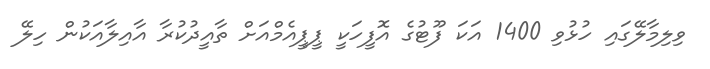
ވިލިމާލޭގައި ހުޅުވި 1400 އަކަ ފޫޓުގެ އޮފީހަކީ ޕީޕީއެމްއަށް ތާއީދުކުރާ އާއިލާއަކުން ހިލޭ